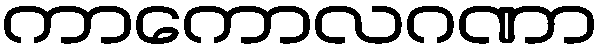
ကာကောလဂဏာ